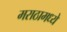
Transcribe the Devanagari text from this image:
मराठामध्ये